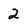
Character: 2